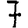
Digit: 7